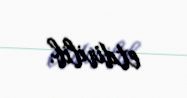
etdirilib.